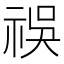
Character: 祦